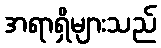
အရာရှိများသည်